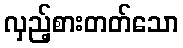
လှည့်စားတတ်သော